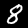
Label: 8